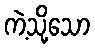
ကဲ့သို့သော